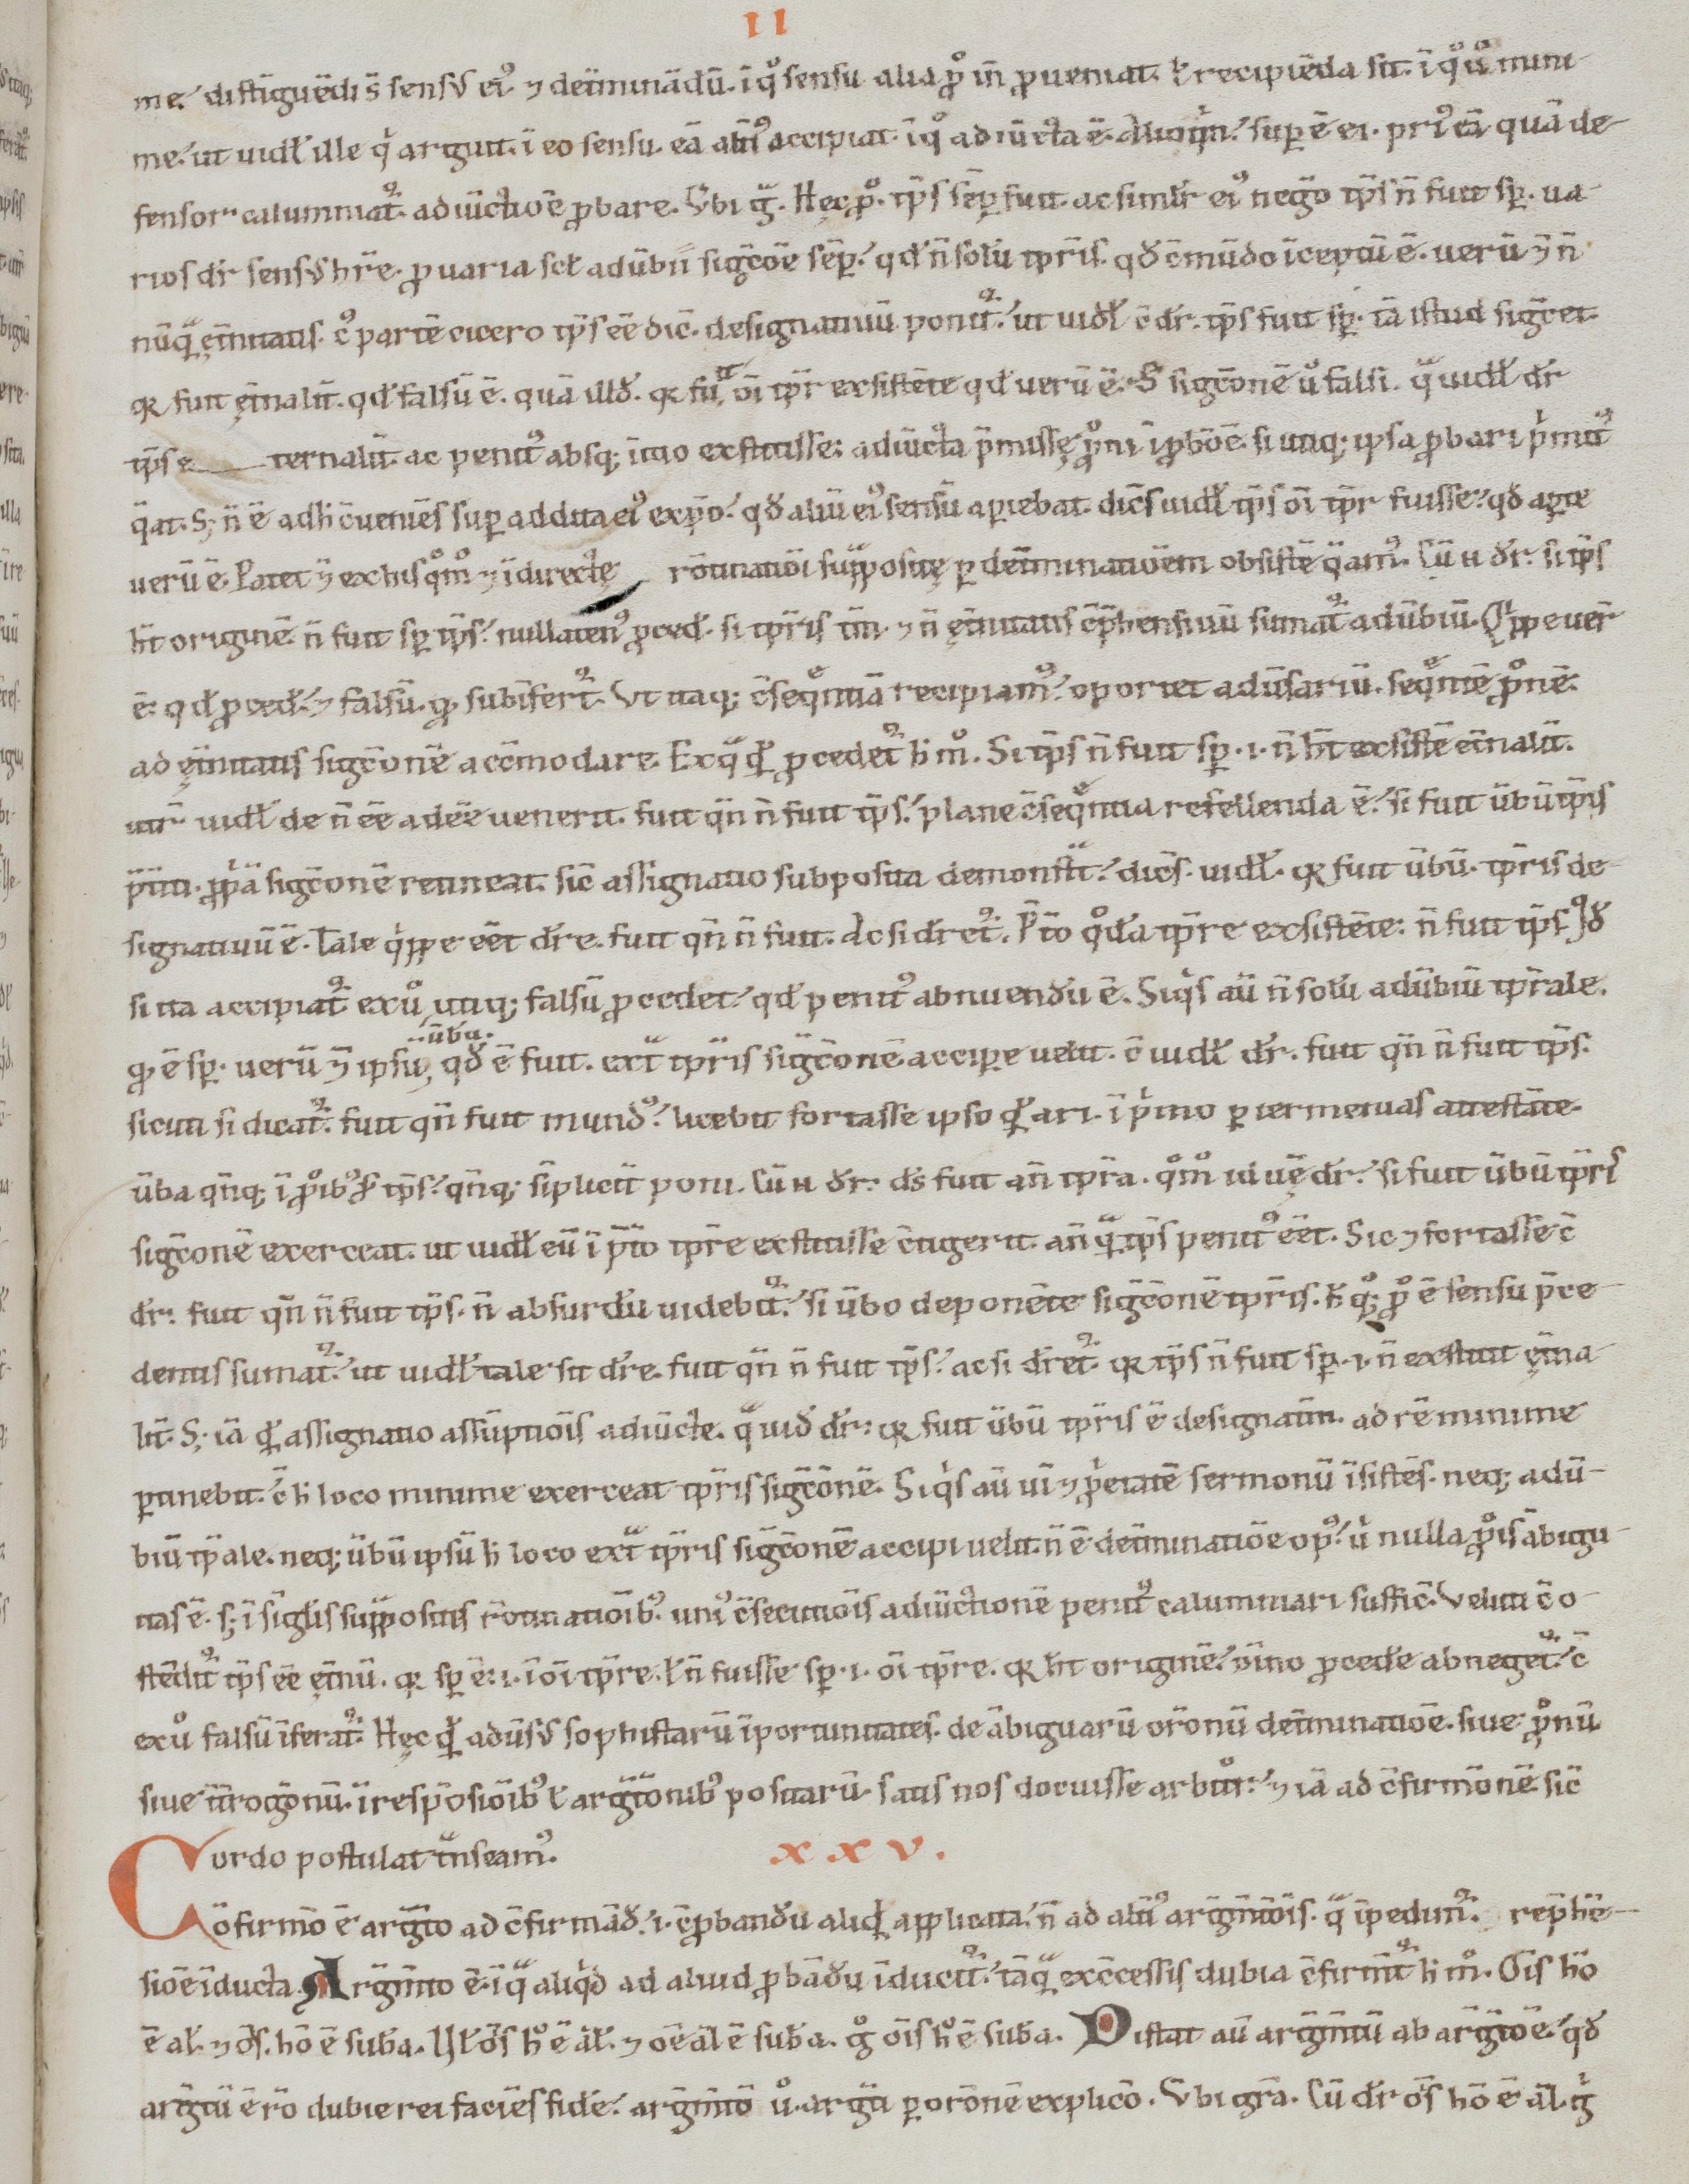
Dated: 1100–1199